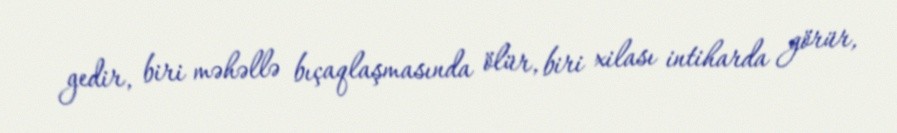
gedir, biri məhəllə bıçaqlaşmasında ölür, biri xilası intiharda görür,